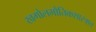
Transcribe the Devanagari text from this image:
खगोलभौतिकशास्त्रात